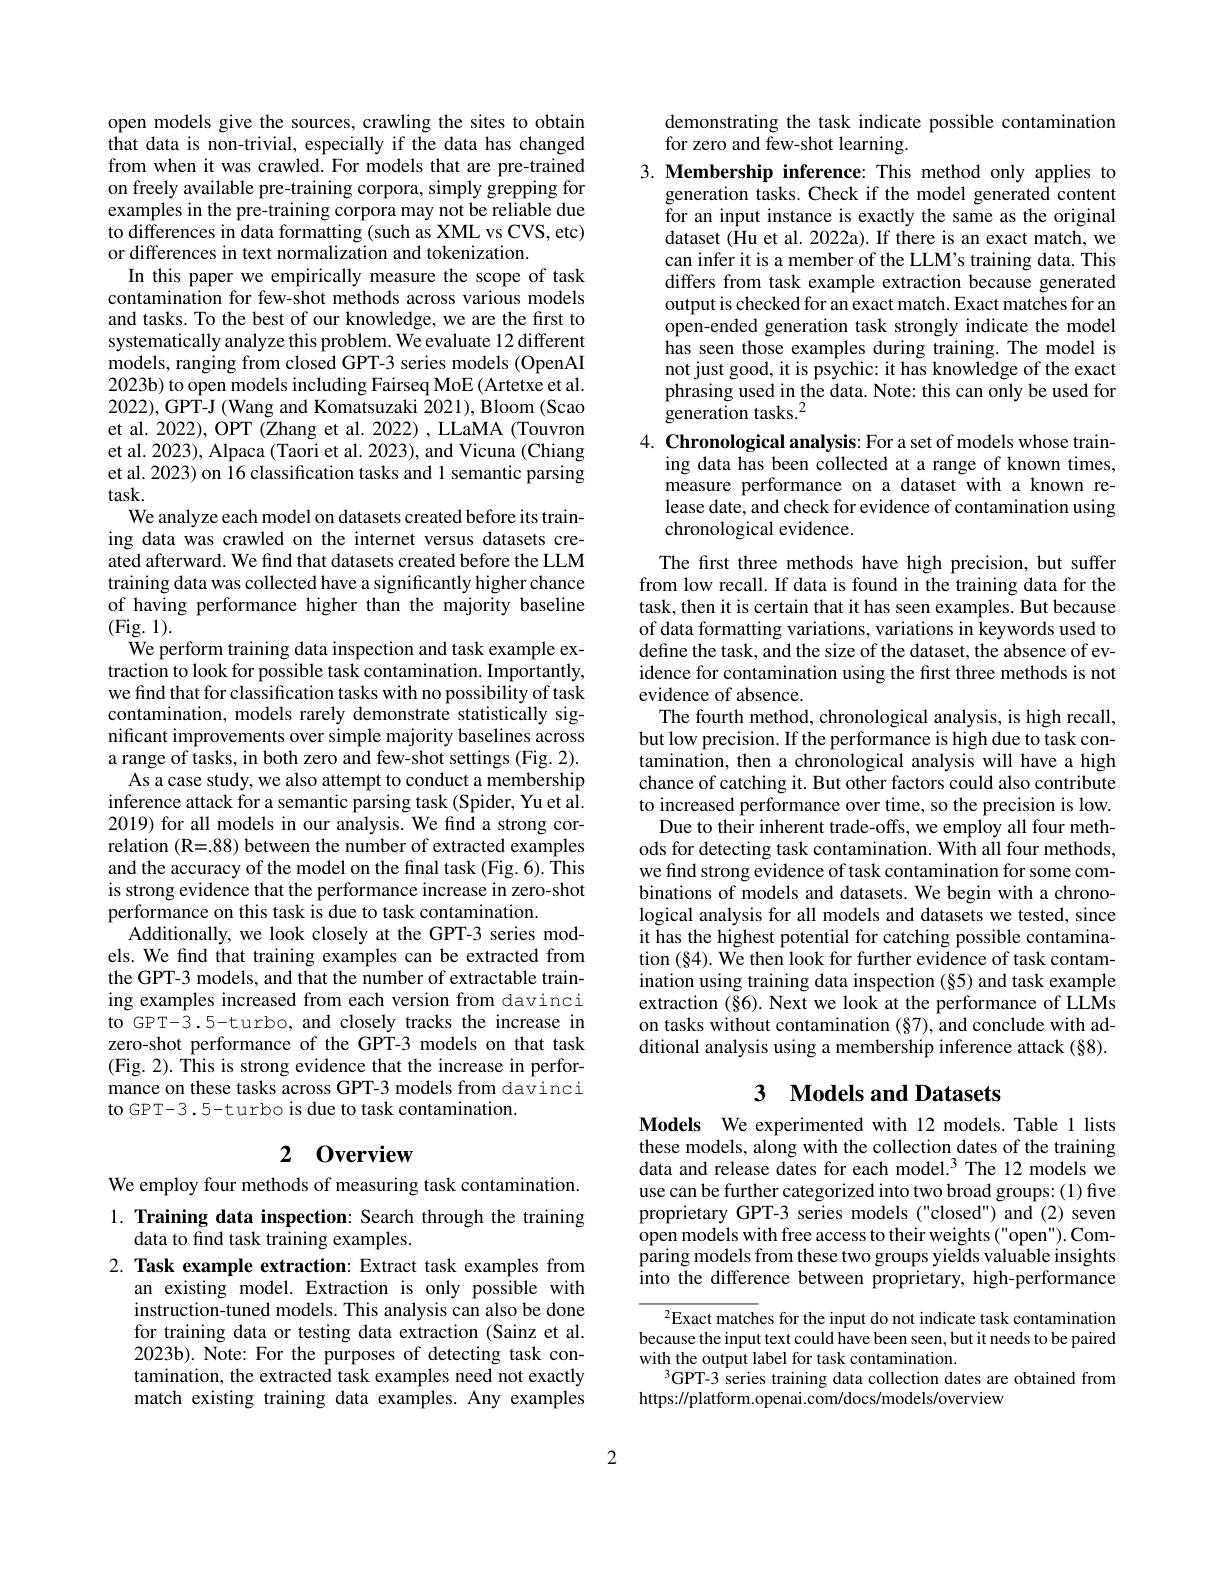
open models give the sources, crawling the sites to obtain that data is non-trivial, especially if the data has changed from when it was crawled. For models that are pre-trained on freely available pre-training corpora, simply grepping for examples in the pre-training corpora may not be reliable due to differences in data formatting (such as XML vs CVS, etc) or differences in text normalization and tokenization.
In this paper we empirically measure the scope of task contamination for few-shot methods across various models and tasks. To the best of our knowledge, we are the first to systematically analyze this problem. We evaluate 12 different $\tilde{\text{models, ranging from closed GPT-3 series models (OpenAI})}$ 2023b) to open models including Fairseq MoE (Artetxe et al. 2022), GPT-J (Wang and Komatsuzaki 2021), Bloom (Scao et al. 2022), OPT (Zhang et al. 2022) , LLaMA (Touvron et al. 2023), Alpaca (Taori et al. 2023), and Vicuna (Chiang et al. 2023) on 16 classification tasks and 1 semantic parsing $task.$
We analyze each model on datasets created before its training data was crawled on the internet versus datasets created afterward. We find that datasets created before the LLM training data was collected have a significantly higher chance of having performance higher than the majority baseline (Fig. 1).
We perform training data inspection and task example extraction to look for possible task contamination. Importantly, we find that for classification tasks with no possibility of task contamination, models rarely demonstrate statistically significant improvements over simple majority baselines across a range of tasks, in both zero and few-shot settings (Fig. 2).
As a case study, we also attempt to conduct a membership inference attack for a semantic parsing task (Spider, Yu et al. 2019) for all models in our analysis. We find a strong correlation (R=.88) between the number of extracted examples and the accuracy of the model on the final task (Fig. 6). This is strong evidence that the performance increase in zero-shot performance on this task is due to task contamination.
Additionally, we look closely at the GPT-3 series models. We find that training examples can be extracted from the GPT-3 models, and that the number of extractable training examples increased from each version from davinci to GPT-3.5-turbo, and closely tracks the increase in zero-shot performance of the GPT-3 models on that task (Fig. 2). This is strong evidence that the increase in performance on these tasks across GPT-3 models from davinci to GPT-3.5-turbo is due to task contamination.

# 2 0verview

We employ four methods of measuring task contamination. 1. Training data inspection: Search through the training
data to find task training examples.
2. Task example extraction: Extract task examples from

an existing model. Extraction is only possible with instruction-tuned models. This analysis can also be done for training data or testing data extraction (Sainz et al. 2023b). Note: For the purposes of detecting task contamination, the extracted task examples need not exactly match existing training data examples. Any examples

demonstrating the task indicate possible contamination
for zero and few-shot learning.

3. Membership inference: This method only applies to

generation tasks. Check if the model generated content for an input instance is exactly the same as the original dataset ($\hat{\text{Hu et al.2022a).If there is an exact match, we}}$ can infer it is a member of the LLM's training data. This differs from task example extraction because generated output is checked for an exact match. Exact matches for an open-ended generation task strongly indicate the model has seen those examples during training. The model is not just good, it is psychic: it has knowledge of the exact phrasing used in the data. Note: this can only be used for generation tasks.$^2$

4. Chronological analysis: For a set of models whose train-
ing data has been collected at a range of known times, measure performance on a dataset with a known release date, and check for evidence of contamination using chronological evidence.

The first three methods have high precision, but suffer from low recall. If data is found in the training data for the task, then it is certain that it has seen examples. But because of data formatting variations, variations in keywords used to define the task, and the size of the dataset, the absence of evidence for contamination using the first three methods is not evidence of absence.
The fourth method, chronological analysis, is high recall, but low precision. If the performance is high due to task contamination, then a chronological analysis will have a high chance of catching it. But other factors could also contribute to increased performance over time, so the precision is low.
Due to their inherent trade-offs, we employ all four methods for detecting task contamination. With all four methods, we find strong evidence of task contamination for some combinations of models and datasets. We begin with a chronological analysis for all models and datasets we tested, since it has the highest potential for catching possible contamination (§4). We then look for further evidence of task contamination using training data inspection (§5) and task example extraction (§6). Next we look at the performance of LLMs on tasks without contamination (§7), and conclude with additional analysis using a membership inference attack (§8).

# 3 Models and Datasets

Models We experimented with 12 models. Table 1 lists these models, along with the collection dates of the training data and release dates for each model.$^{3}$ The 12 models we use can be further categorized into two broad groups: (1) five proprietary GPT-3 series models ("closed") and (2) seven open models with free access to their weights ("open"). Comparing models from these two groups yields valuable insights into the difference between proprietary, high-performance

$^{2}$Exact matches for the input do not indicate task contamination because the input text could have been seen, but it needs to be paired with the output label for task contamination.
$^{3}$GPT-3 series training data collection dates are obtained from
https://platform.openai.com/docs/models/overview

2